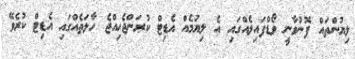
ލިޔުންތައް ފޮނުވާނީ ވޯޑްފައިލެއްގައި އެ ލިޔުމެއް އެޑިޓް ކުރަންޖެހިއްޖެ ހާލަތެއްގައި އެޑިޓް ކުރެވޭ